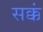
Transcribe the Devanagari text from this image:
सक्कं